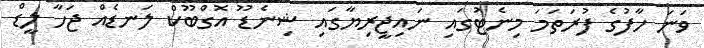
ވަނަ ހާފުގެ ފުރަތަމަ މިނެޓުގައި ނައިޖީރިޔާގައި ޝިނެޑޫ އޮގްބޫކް ލަނޑެއް ޖަހާ ލީޑް